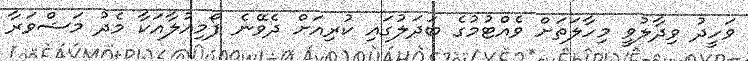
ވަހީދު ވިދާލުވީ މިހާލަތަށް ވެއްޓުމުގެ ބަދަލުގައި ކުރިއަށް ދެވޭނެ ފޯމިއުލާއަކާ މެދު މަޝްވަރާ